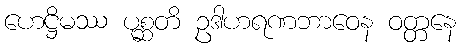
ဟေဋ္ဌိမဿ ပုစ္ဆတိ ဥဒါဟရဏဘာဝေန ဝတ္တနေ